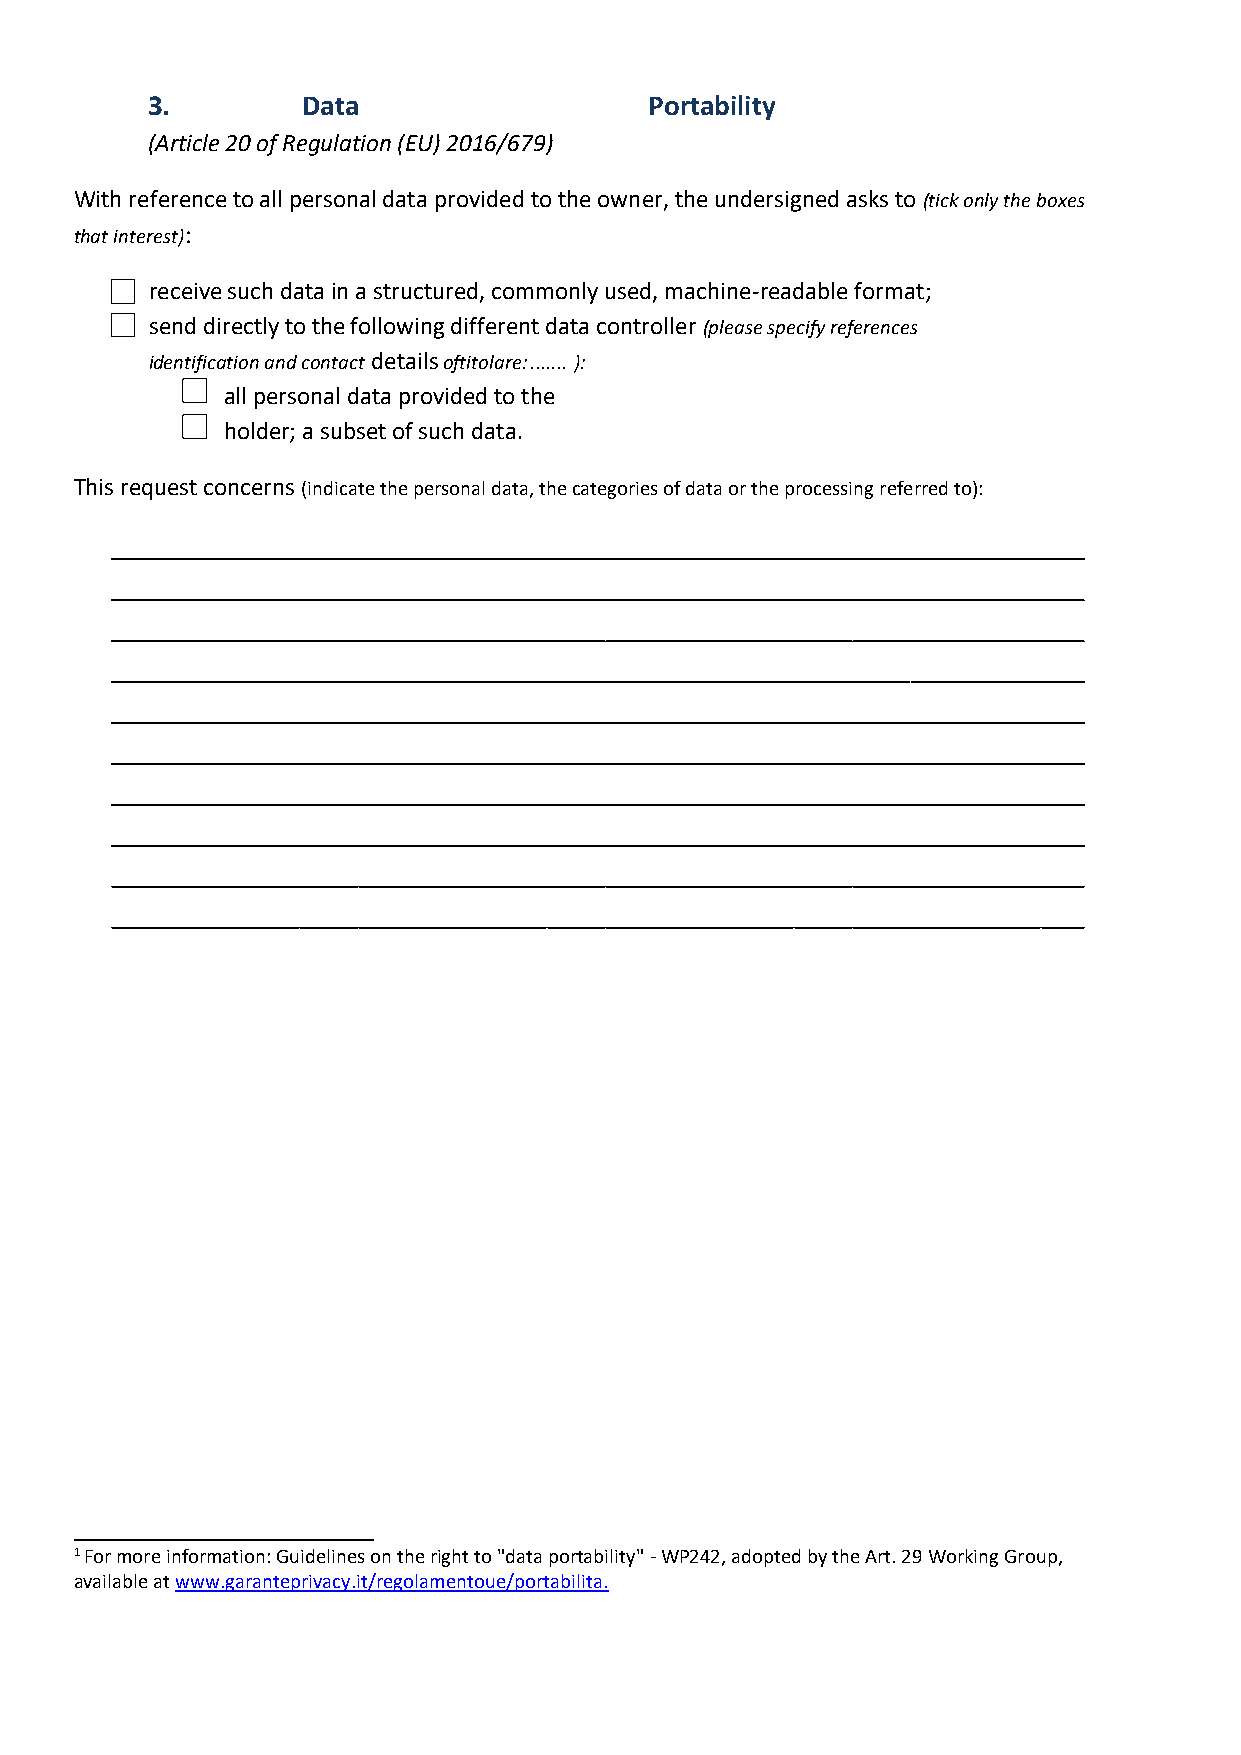
3.        Data                   Portability
 (Article 20 of Regulation (EU) 2016/679)
 With reference to all personal data provided to the owner, the undersigned asks to (tick only the boxes
 that interest):
 receive such data in a structured, commonly used, machine-readable format;
 send directly to the following different data controller (please specify references
 identification and contact details oftitolare: ....... ):
 all personal data provided to the
 holder; a subset of such data.
 This request concerns (indicate the personal data, the categories of data or the processing referred to):
 1 For more information: Guidelines on the right to "data portability" - WP242, adopted by the Art. 29 Working Group,
 available at www.garanteprivacy.it/regolamentoue/portabilita.